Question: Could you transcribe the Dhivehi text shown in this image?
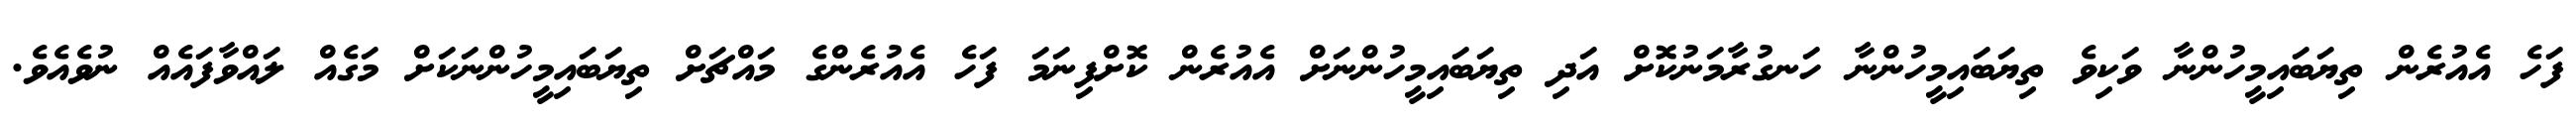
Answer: ފަހެ އެއުރެން ތިޔަބައިމީހުންނާ ވަކިވެ ތިޔަބައިމީހުންނާ ހަނގުރާމަނުކޮށް އަދި ތިޔަބައިމީހުންނަށް އެއުރެން ކޮށްފިނަމަ ފަހެ އެއުރެންގެ މައްޗަށް ތިޔަބައިމީހުންނަކަށް މަގެއް ލައްވާފައެއް ނުވެއެވެ.